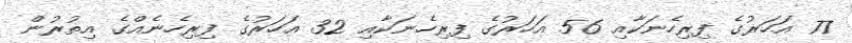
77 އަހަރުގެ ފިރިހެނަކާއި 56 އަހަރުގެ ފިރިހެނަކާއި 32 އަހަރުގެ ފިރިހެނެއްގެ އިތުރުން